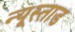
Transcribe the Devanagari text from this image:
न्यूस्ताड